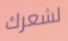
لشعرك